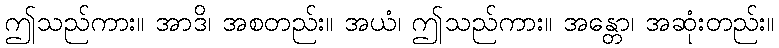
ဤသည်ကား။ အာဒိ၊ အစတည်း။ အယံ၊ ဤသည်ကား။ အန္တော၊ အဆုံးတည်း။